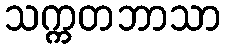
သက္ကတဘာသာ